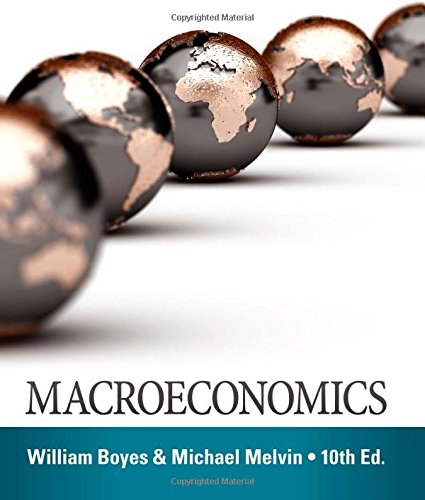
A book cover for Macroeconomics; William Boyes; Business & Money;